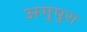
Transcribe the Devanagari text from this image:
अगुपुरा